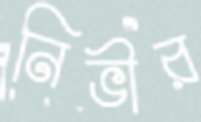
নিভীর